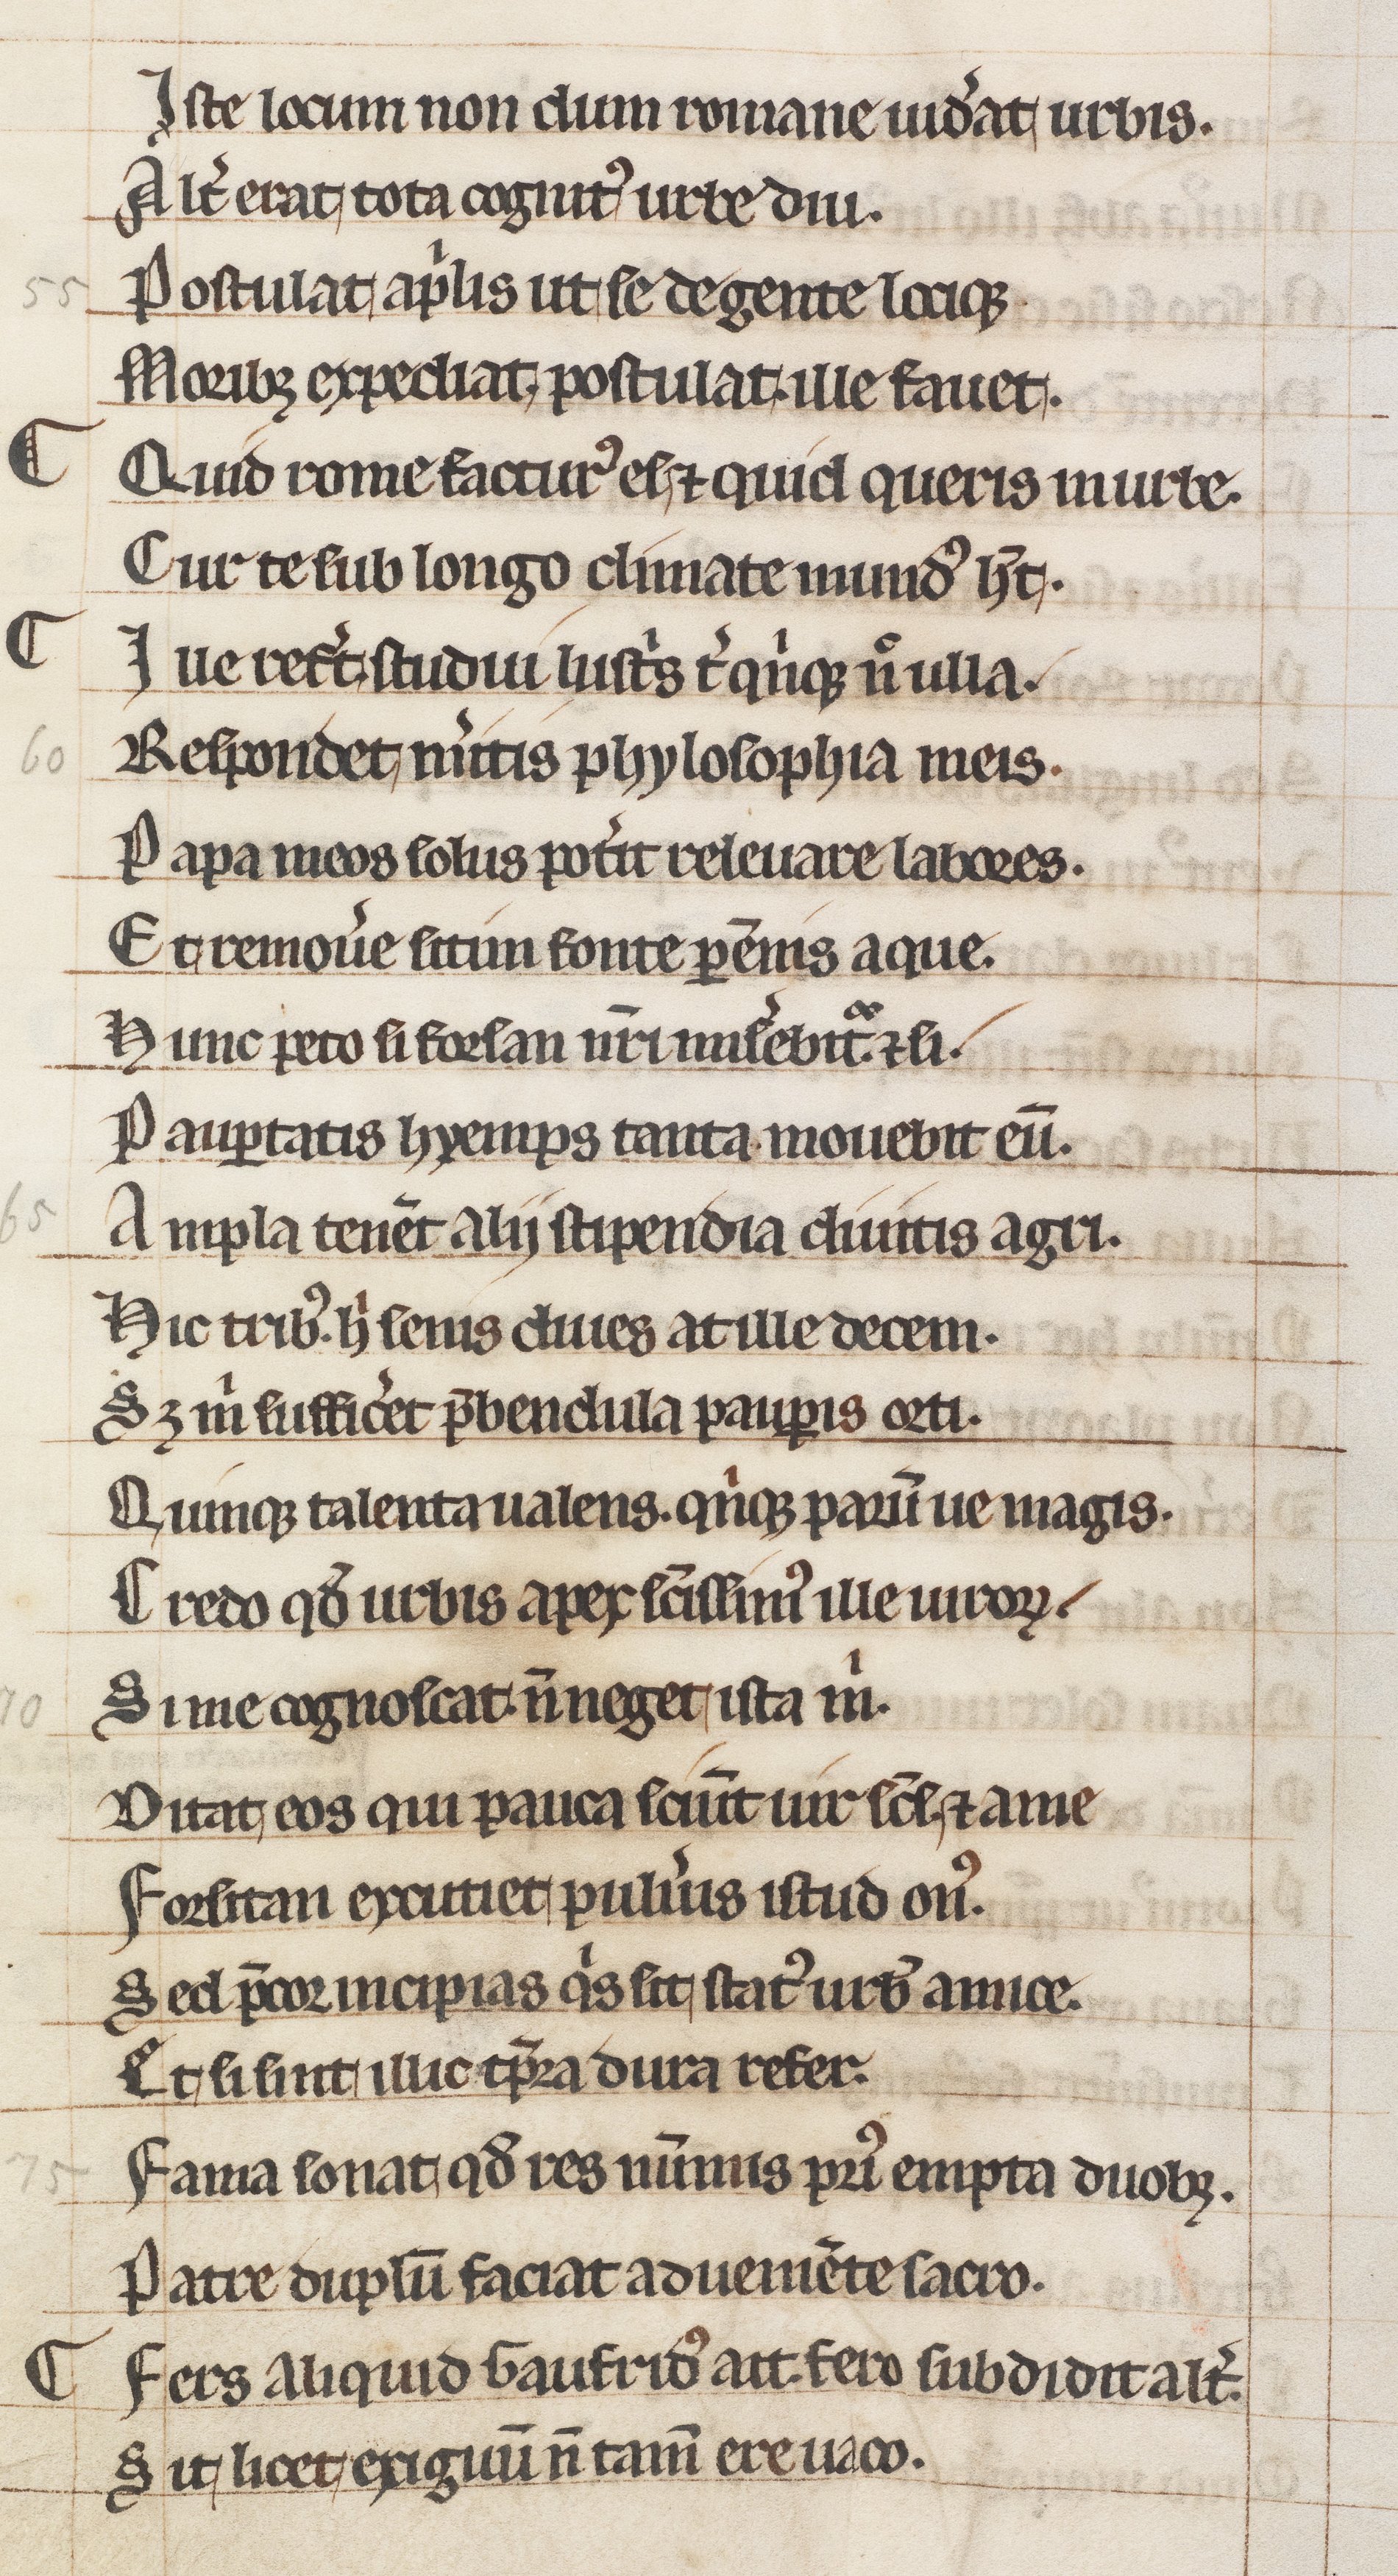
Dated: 800–849